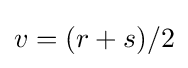
v=(r+s)/2